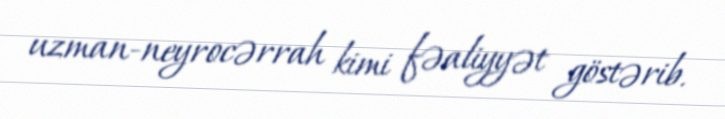
uzman-neyrocərrah kimi fəaliyyət göstərib.